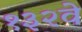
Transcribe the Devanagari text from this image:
१३२वे